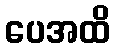
ပေအထိ